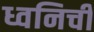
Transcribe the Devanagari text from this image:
ध्वनिची